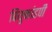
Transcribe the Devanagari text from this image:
वियुक्तांडपी